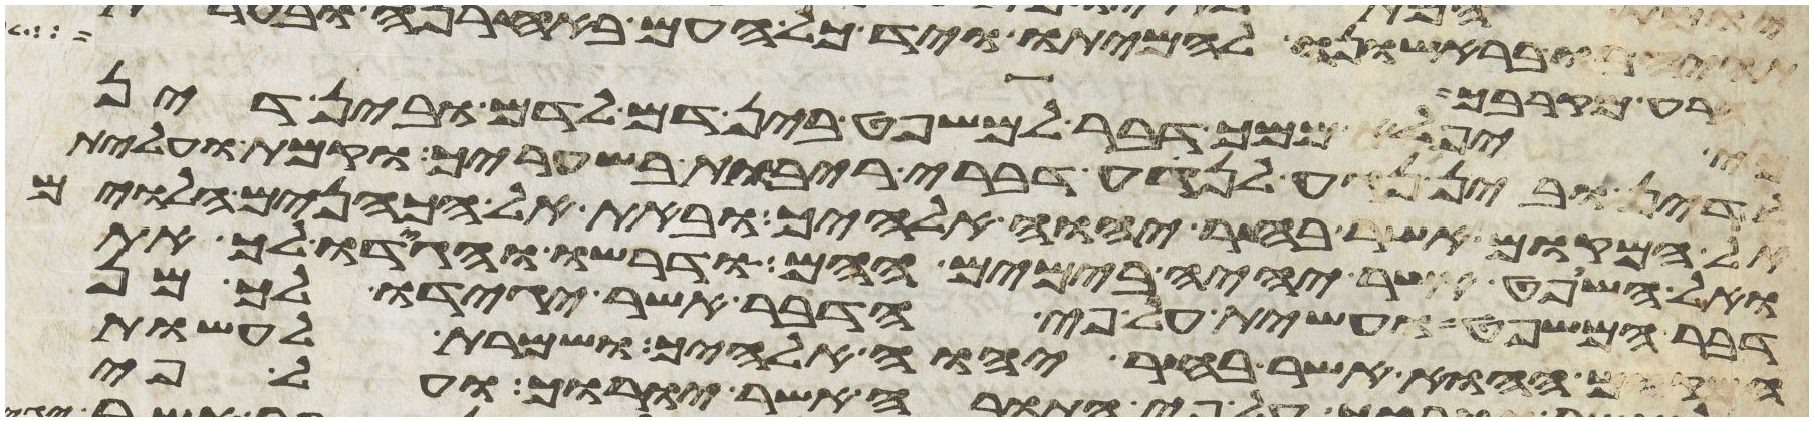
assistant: הרע מקרבך
כי יפלא ממך דבר למשפט בין דם לדם ובין דין
לדין ובין נגע לנגע דברי ריבות בשעריך וקמת ועלית
אל המקום אשר בחר יהוה אלהיך ובאת אל הכהנים הלוים
ואל השופט אשר יהיה בימים ההם ודרשו והגידו לך את
דבר המשפט ועשית על פי הדבר אשר יגידו לך מן
המקום ההוא אשר בחר יהוה אלהיך ושמרת לעשות